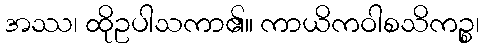
အဿ၊ ထိုဥပါသကာ၏။ ကာယိကဝါစသိကဉ္စ၊